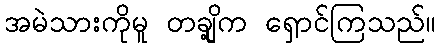
အမဲသားကိုမူ တချို့က ရှောင်ကြသည်။